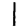
Digit: 1